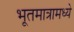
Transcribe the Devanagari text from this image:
भूतमात्रामध्ये